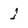
Character: j